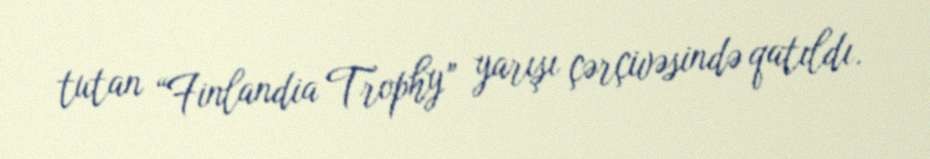
tutan “Finlandia Trophy” yarışı çərçivəsində qatıldı.